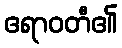
ဧရာဝတီ၏